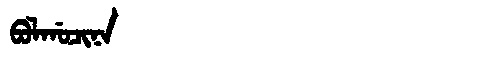
Manchu: ᠪᠣᠯᡤᠣᠴᡳᠨᠠ
Romanization: BOLGOCINA